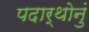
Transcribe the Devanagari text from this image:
पदार्थोनुं